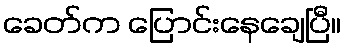
ခေတ်က ပြောင်းနေချေပြီ။